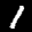
Label: 1